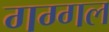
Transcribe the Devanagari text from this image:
गग्‍गल